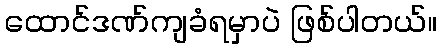
ထောင်ဒဏ်ကျခံရမှာပဲ ဖြစ်ပါတယ်။